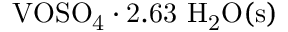
\mathrm { V O S O _ { 4 } \cdot 2 . 6 3 \ H _ { 2 } O ( s ) }